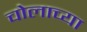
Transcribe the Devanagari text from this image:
चोलाच्या